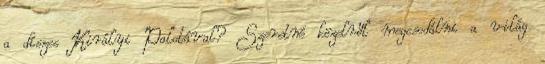
a díszes Királyi Palotával? Szeretné közelről megcsodálni a világ